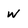
Character: w